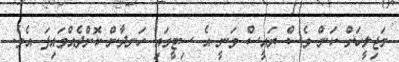
މަޖިލީހަށް ކަން ވެސް ރައީސް ވަނީ އެ ސިޓީގައި ހަނދާން ކޮށްދެއްވައިފަ އެވެ.